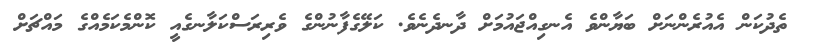
ތެދުކަން އެއުރެންނަށް ބަޔާންވެ އެނގިއްޖައުމަށް ދާނދެނެވެ. ކަލޭގެފާނުންގެ ވެރިރަސްކަލާނގެއީ ކޮންމެކަމެއްގެ މައްޗަށް